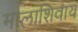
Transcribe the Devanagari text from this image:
मालाशिवाय